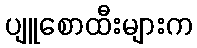
ပျူစောထီးများက